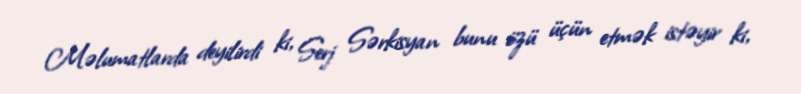
Məlumatlarda deyilirdi ki, Serj Sərkisyan bunu özü üçün etmək istəyir ki,